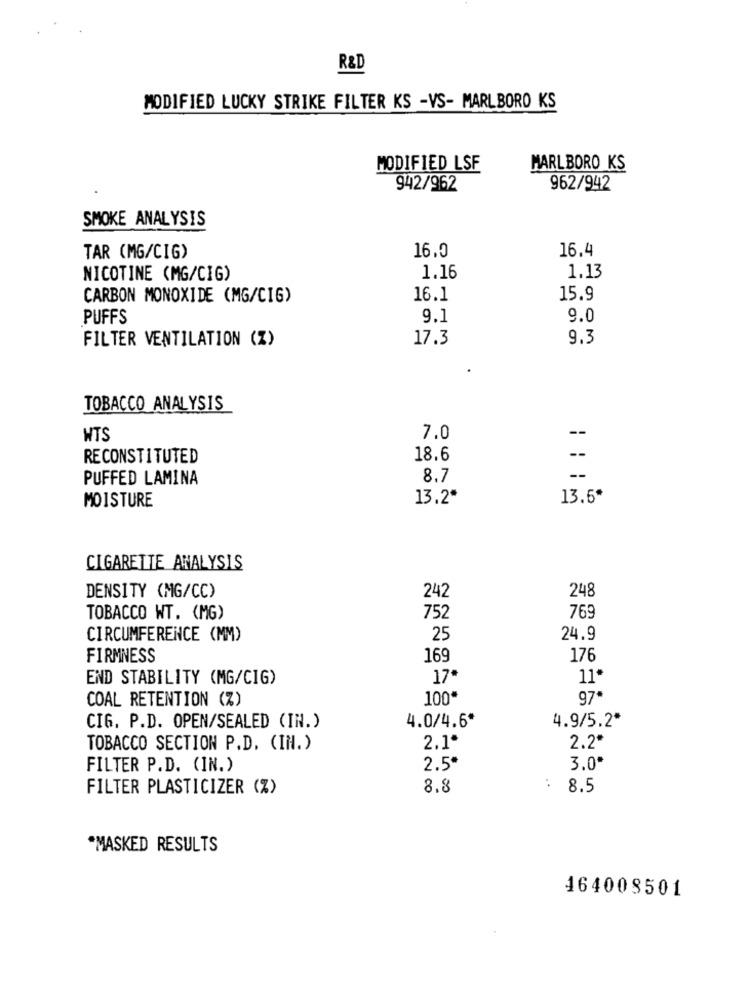
R&D
MODIFIED LUCKY STRIKE FILTER KS -VS- MARLBORO KS
MODIFIED LSF
MARLBORO KS
942/962
962/942
SMOKE ANALYSIS
16.0
16.4
TAR (MG/CIG)
NICOTINE (MG/CIG)
1.16
1.13
CARBON MONOXIDE (MG/CIG)
16.1
15.9
PUFFS
9.1
9.0
FILTER VENTILATION (Z)
17.3
9.3
TOBACCO ANALYSIS
WTS
7.0
RECONSTITUTED
18.6
--
PUFFED LAMINA
8.7
--
MOISTURE
13.2*
13.5*
CIGARETTE ANALYSIS
DENSITY (MG/CC)
242
248
TOBACCO WT. (MG)
752
769
CIRCUMFERENCE (MM)
25
24.9
FIRMNESS
169
176
END STABILITY (MG/CIG)
17*
11*
COAL RETENTION (%)
100*
97*
4.0/4.6*
4.9/5.2*
CIG. P.D. OPEN/SEALED (IN.)
TOBACCO SECTION P.D. (IN.)
2.1º
2.2*
FILTER P.D. (IN.)
2.5*
3.0*
FILTER PLASTICIZER (%)
8.8
:
8.5
*MASKED RESULTS
464008501